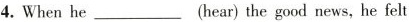
4.When he___(hear) the good news, he felt